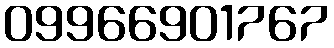
09966901767